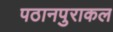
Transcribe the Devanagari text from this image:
पठानपुराकल